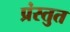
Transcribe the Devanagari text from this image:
प्रंस्तुत